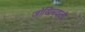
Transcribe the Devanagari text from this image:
जोखिमवाली